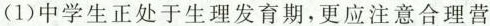
(1)中学生正处于生理发育期，更应注意合理营